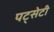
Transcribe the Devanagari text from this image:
पट्सेटी